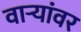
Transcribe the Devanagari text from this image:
वाऱ्यांवर